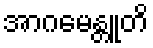
အာဂမေန္တူတိ